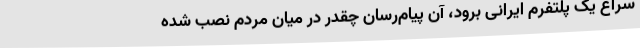
سراغ یک پلتفرم ایرانی برود، آن پیام‌رسان چقدر در میان مردم نصب شده